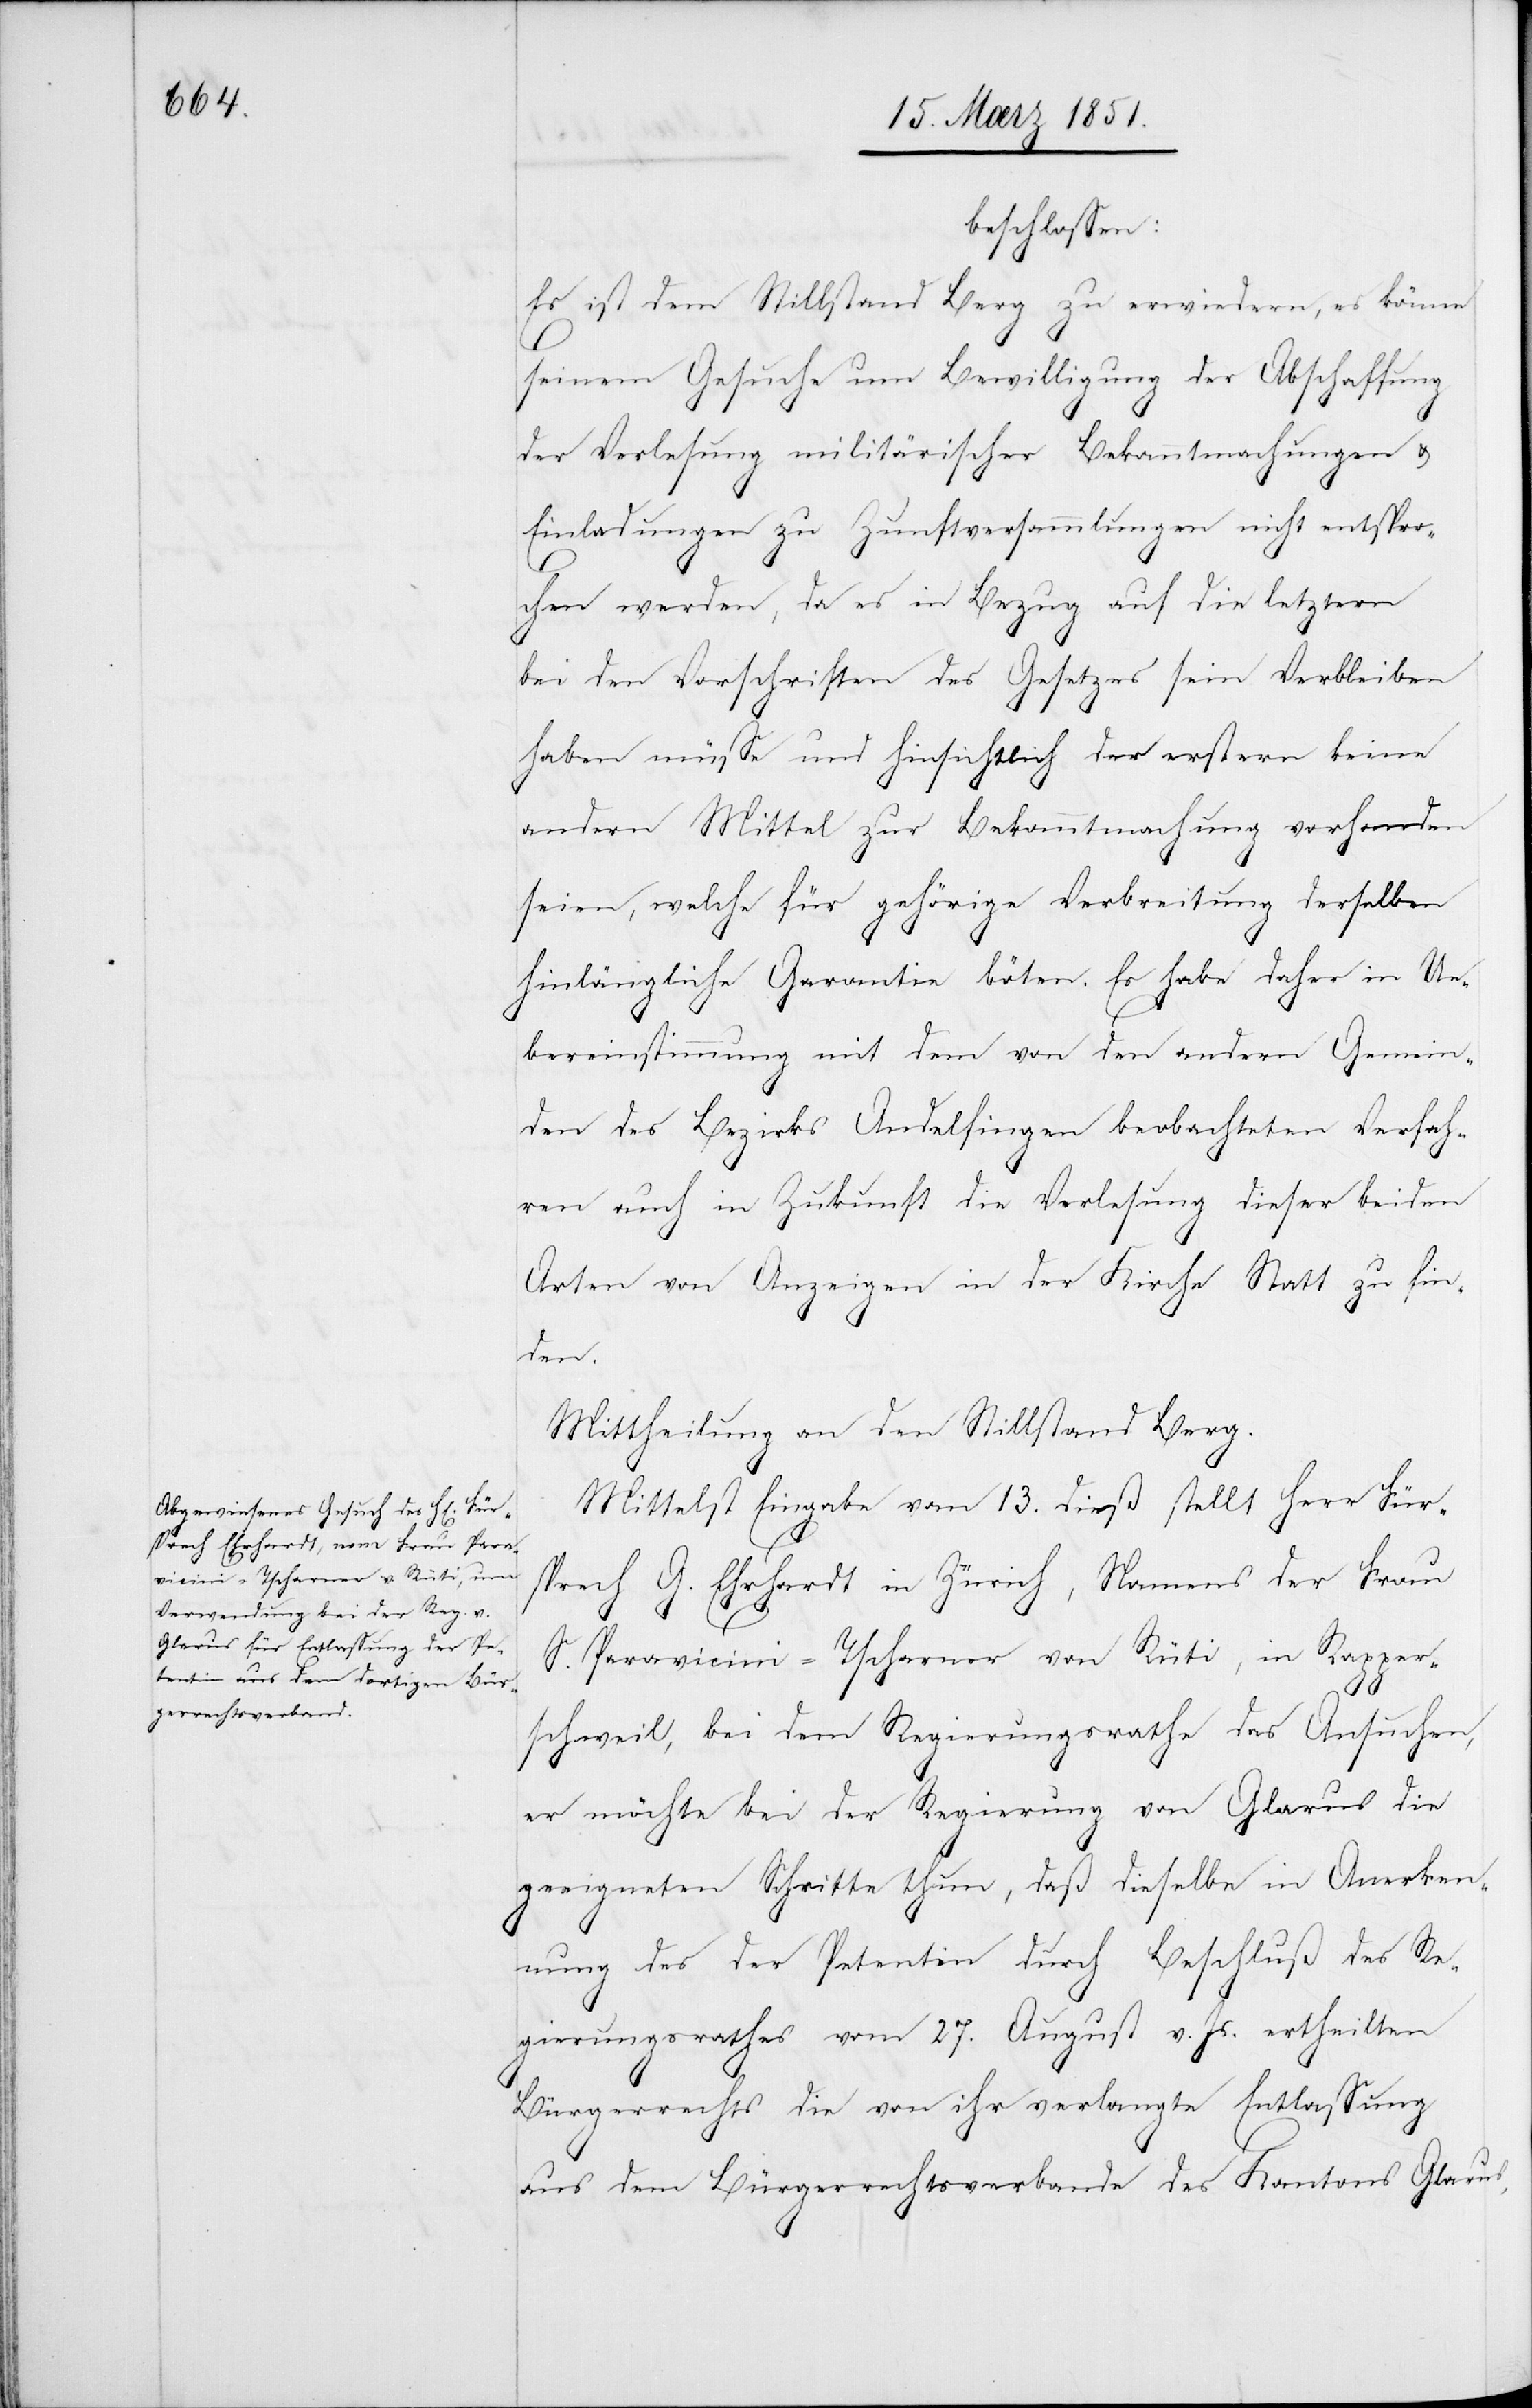
beschlossen:
Es ist dem Stillstand Berg zu erwiedern, es könne
seinem Gesuche um Bewilligung der Abschaffung
der Verlesung militärischer Bekanntmachungen &
Einladungen zu Zunftversammlungen nicht entspro¬
chen werden, da es in Bezug auf die letztern
bei den Vorschriften des Gesetzes sein Verbleiben
haben müsse und hinsichtlich der erstern keine
andern Mittel zur Bekanntmachung vorhanden
seien, welche für gehörige Verbreitung derselben
hinlängliche Garantie böten. Es habe daher in Ue¬
bereinstimmung mit dem von den andern Gemein¬
den des Bezirks Andelfingen beobachteten Verfah¬
ren auch in Zukunft die Verlesung dieser beiden
Arten von Anzeigen in der Kirche Statt zu fin¬
den.
Mittheilung an den Stillstand Berg.
Mittelst Eingabe vom 13. dieß stellt Herr Für¬
sprech G. Ehrhardt in Zürich, Namens der Frau
S. Paravicini-Tscharner von Rüti, in Rapper¬
schweil, bei dem Regierungsrathe das Ansuchen,
er möchte bei der Regierung von Glarus die
geeigneten Schritte thun, daß dieselbe in Anerken¬
nung des der Petentin durch Beschluß des Re¬
gierungsrathes vom 27. August v. Js. ertheilten
Bürgerrechts die von ihr verlangte Entlassung
aus dem Bürgerrechtsverbande des Kantons Glarus,